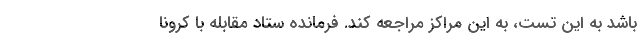
باشد به این تست، به این مراکز مراجعه کند. فرمانده ستاد مقابله با کرونا